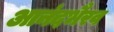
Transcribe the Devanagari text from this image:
आनंदभैरव